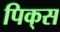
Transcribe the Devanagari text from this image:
पिक्‌स